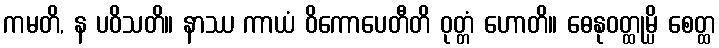
ကမတိ, န ပဝိသတိ။ နာဿ ကာယံ ဝိကောပေတီတိ ဝုတ္တံ ဟောတိ။ ဓေနုဝတ္ထုမ္ပိ စေတ္ထ